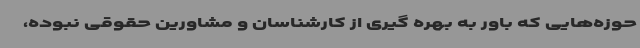
حوزه‌هایی که باور به بهره گیری از کارشناسان و مشاورین حقوقی نبوده،